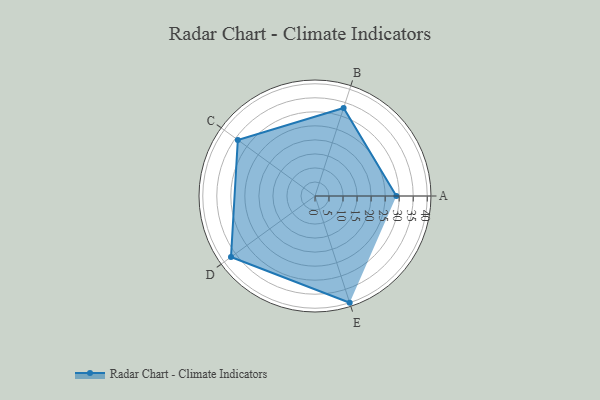
{"axis": {"x": "Skill", "y": "Score"}, "legend": ["Profile"], "data": [{"x": "A", "y": 29.0, "type": "Profile"}, {"x": "B", "y": 33.0, "type": "Profile"}, {"x": "C", "y": 34.0, "type": "Profile"}, {"x": "D", "y": 37.0, "type": "Profile"}, {"x": "E", "y": 40.0, "type": "Profile"}]}